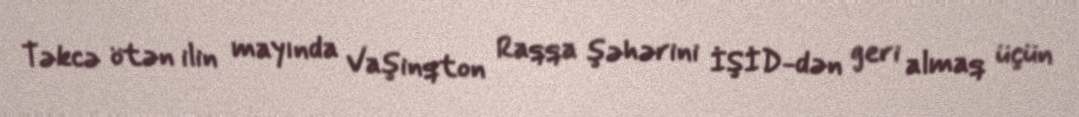
Təkcə ötən ilin mayında Vaşinqton Raqqa şəhərini İŞİD-dən geri almaq üçün